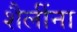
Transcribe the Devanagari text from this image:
शैलींना